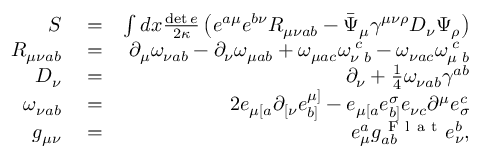
\begin{array} { r l r } { S } & { { } = } & { \int d x \frac { \operatorname* { d e t } e } { 2 \kappa } \left( e ^ { a \mu } e ^ { b \nu } R _ { { \mu \nu } a b } - \bar { \Psi } _ { \mu } \gamma ^ { { \mu \nu } \rho } D _ { \nu } \Psi _ { \rho } \right) } \\ { R _ { { \mu \nu } a b } } & { { } = } & { \partial _ { \mu } \omega _ { \nu a b } - \partial _ { \nu } \omega _ { \mu a b } + \omega _ { \mu a c } \omega _ { \nu \, \, b } ^ { \, \, c } - \omega _ { \nu a c } \omega _ { \mu \, \, b } ^ { \, \, c } } \\ { D _ { \nu } } & { { } = } & { \partial _ { \nu } + \frac { 1 } { 4 } \omega _ { \nu a b } \gamma ^ { a b } } \\ { \omega _ { \nu a b } } & { { } = } & { 2 e _ { \mu [ a } \partial _ { [ \nu } e _ { b ] } ^ { \mu ] } - e _ { \mu [ a } e _ { b ] } ^ { \sigma } e _ { \nu c } \partial ^ { \mu } e _ { \sigma } ^ { c } } \\ { g _ { \mu \nu } } & { { } = } & { e _ { \mu } ^ { a } g _ { a b } ^ { \mathrm { ~ F ~ l ~ a ~ t ~ } } e _ { \nu } ^ { b } , } \end{array}